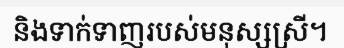
និងទាក់ទាញរបស់មនុស្សស្រី។